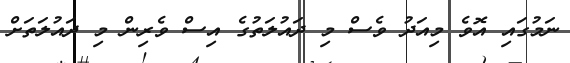
ނަމުގައި އޮވެ މިއަދު ވެސް މި ދައުލަތުގެ އިސް ވެރިން މި ދައުލަތަށް